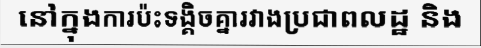
នៅក្នុងការប៉ះទង្គិចគ្នារវាងប្រជាពលដ្ឋ និង